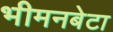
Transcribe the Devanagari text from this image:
भीमनबेटा